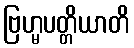
ဗြဟ္မပတ္တိယာတိ